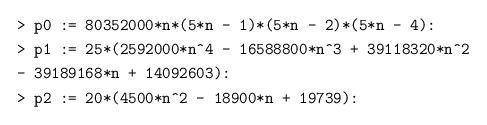
LaTeX: \begin{align*}&\texttt{> p0 := 80352000*n*(5*n - 1)*(5*n - 2)*(5*n - 4):}\\&\texttt{> p1 := 25*(2592000*n\^{}4 - 16588800*n\^{}3 + 39118320*n\^{}2 }\\ & \texttt{- 39189168*n + 14092603):}\\&\texttt{> p2 := 20*(4500*n\^{}2 - 18900*n + 19739):}\end{align*}